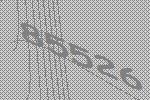
85526